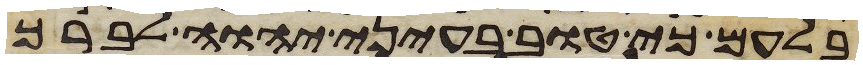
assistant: בלעם כי טוב בעיני יהוה לברך